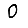
Digit: 0